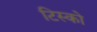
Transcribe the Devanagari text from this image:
टिस्‍को